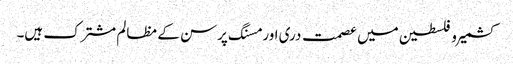
کشمیر و فلسطین میں عصمت دری اور مسنگ پرسن کے مظالم مشترک ہیں۔